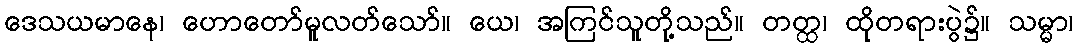
ဒေသယမာနေ၊ ဟောတော်မူလတ်သော်။ ယေ၊ အကြင်သူတို့သည်။ တတ္ထ၊ ထိုတရားပွဲ၌။ သမ္မာ၊